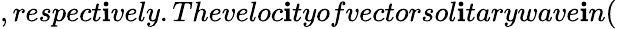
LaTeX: ,respect\mathbf{i}vely.Theveloc\mathbf{i}tyofvectorsol\mathbf{i}tarywave\mathbf{i}n(